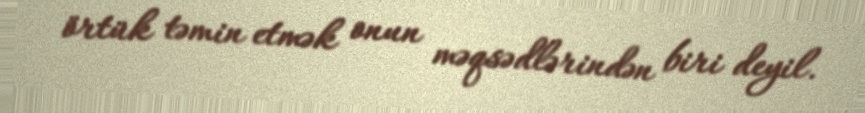
örtük təmin etmək onun məqsədlərindən biri deyil.